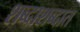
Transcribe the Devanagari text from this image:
शब्दाशब्दात